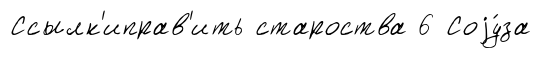
Ссылк'иправ'ить староства 6 Соjу́за